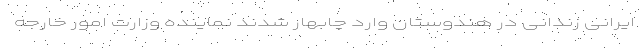
ایرانی زندانی در هندوستان وارد چابهار شدند نماینده وزارت امور خارجه